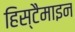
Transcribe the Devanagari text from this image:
हिस्टैमाइन